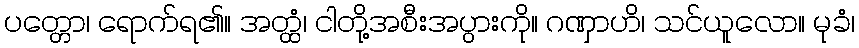
ပတ္တော၊ ရောက်ရ၏။ အတ္ထံ၊ ငါတို့အစီးအပွားကို။ ဂဏှာဟိ၊ သင်ယူလော။ မုခံ၊